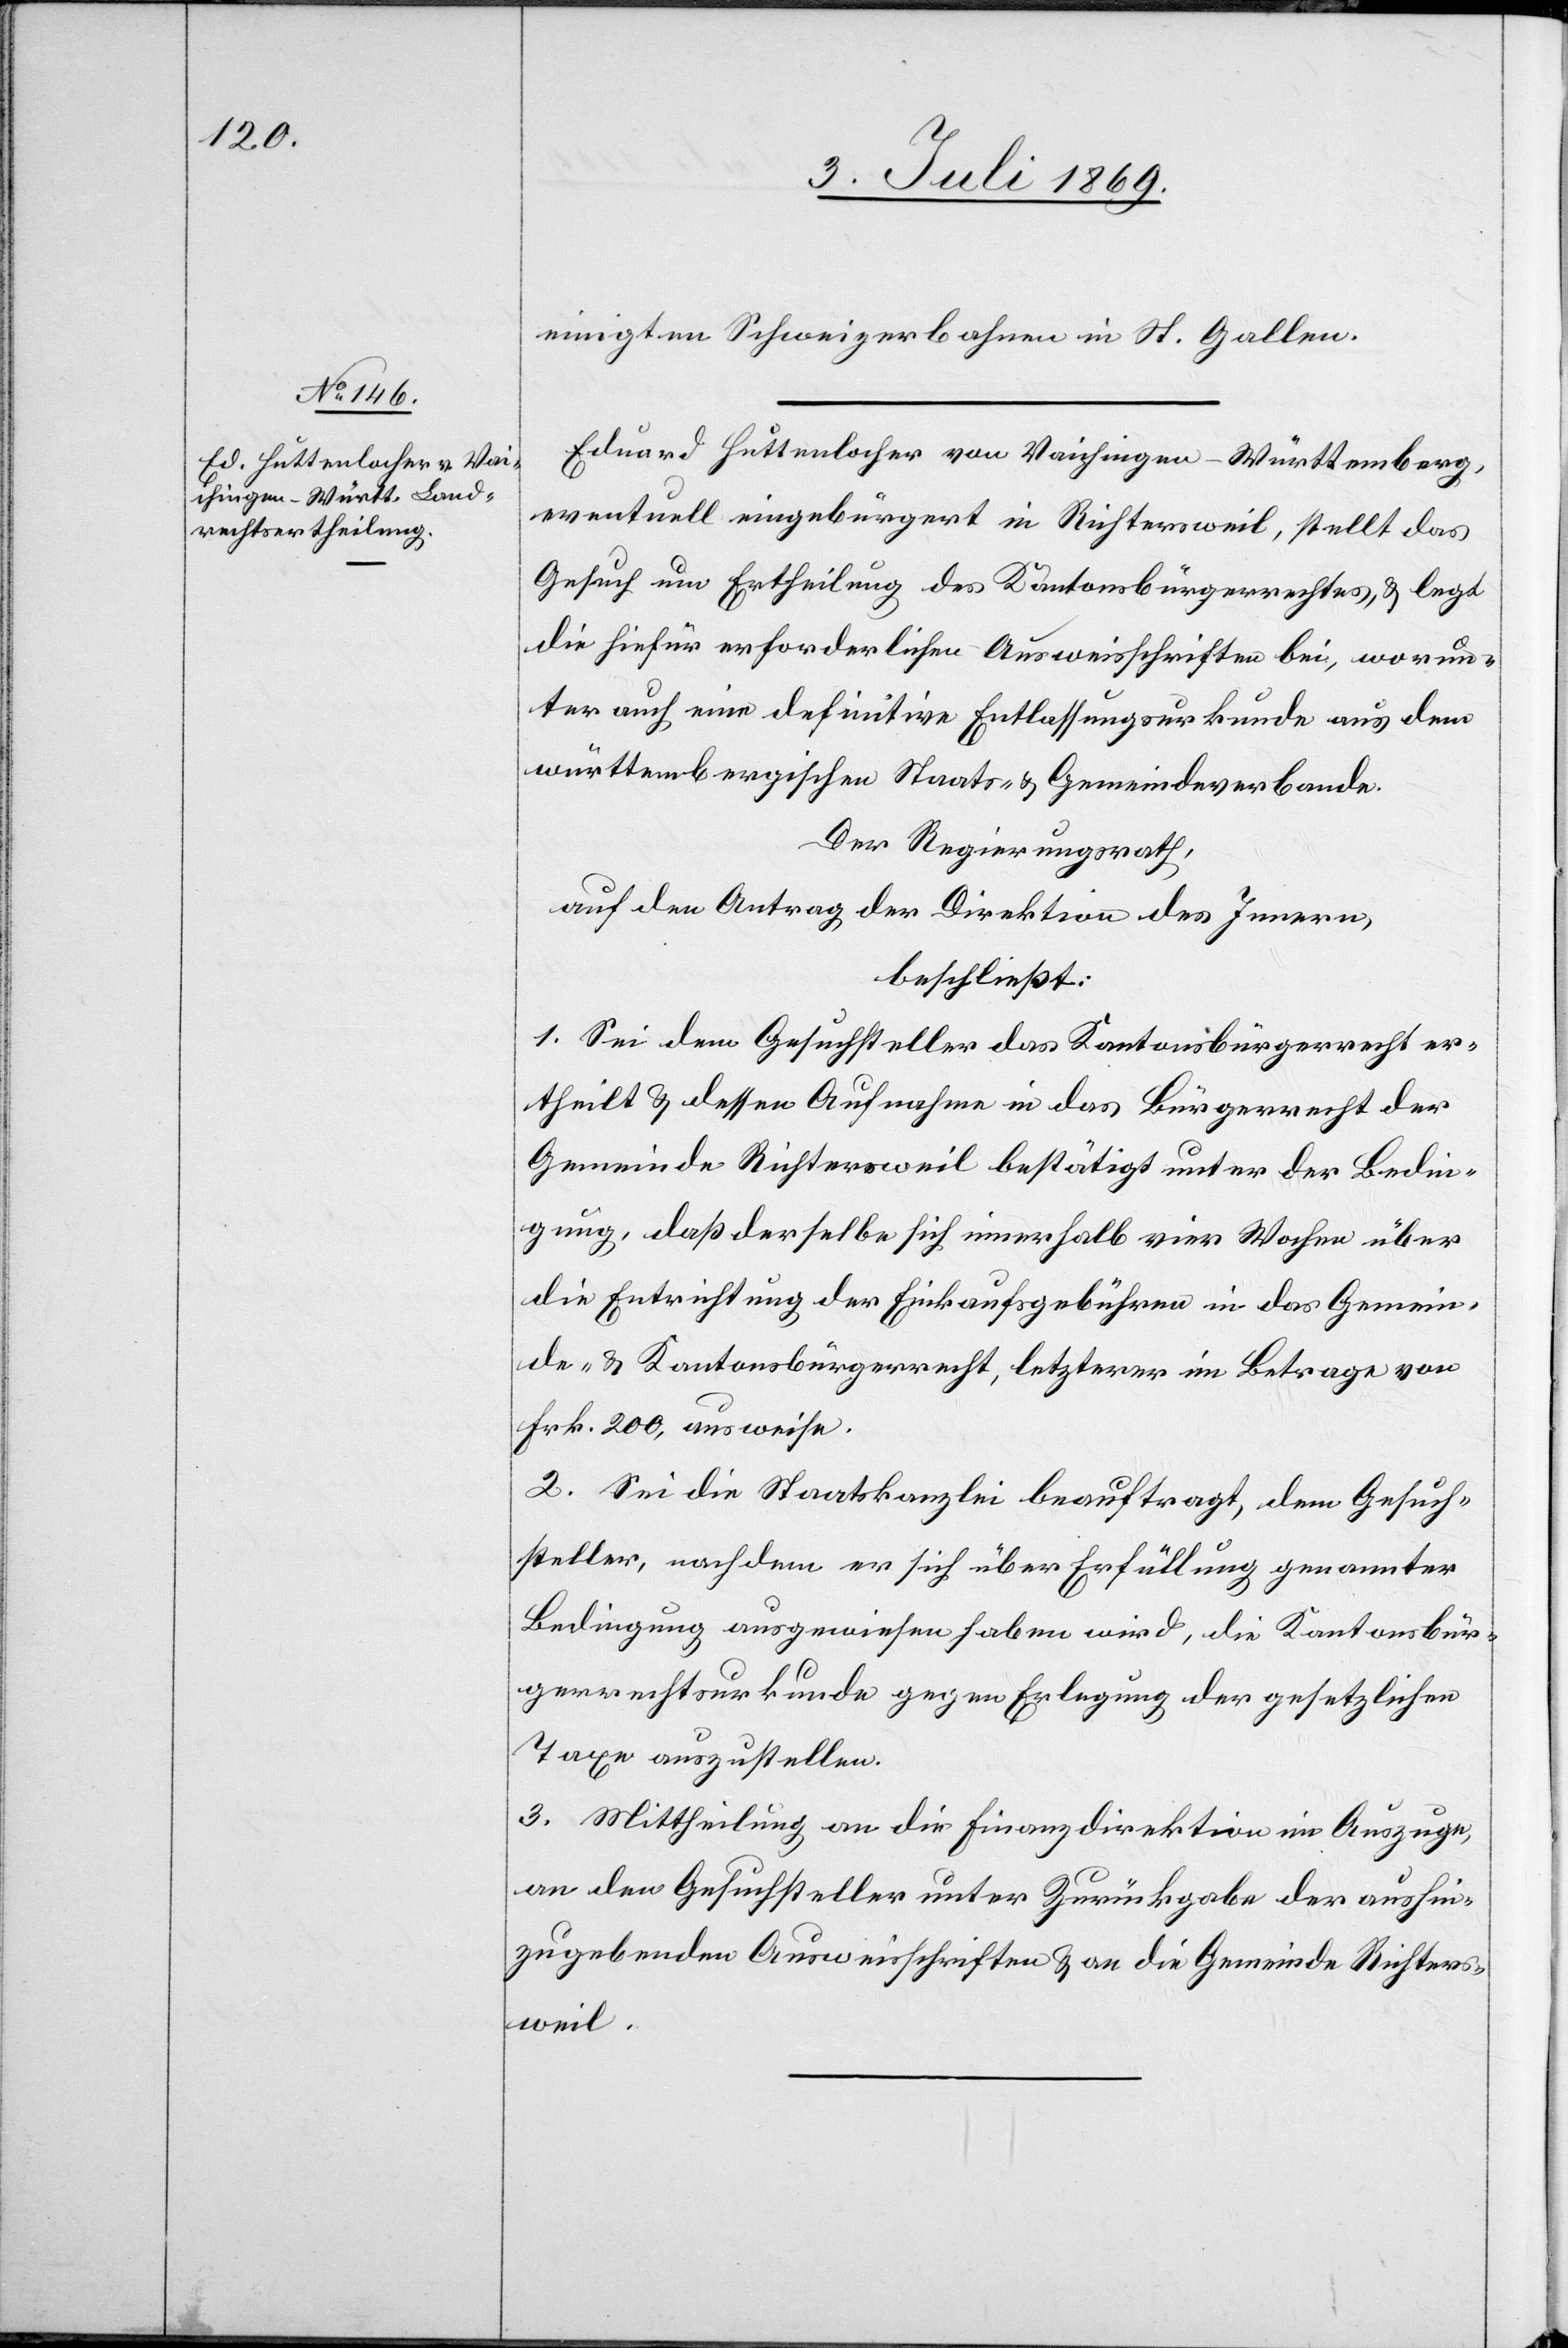
einigten Schweizerbahnen in St. Gallen.
Eduard Huttenlocher von Vaichingen-Württemberg,
eventuell eingebürgert in Richtersweil stellt das
Gesuch um Ertheilung des Kantonsbürgerrechtes, u. legt
die hiefür erforderlichen Ausweisschriften bei, worun¬
ter auch eine definitive Entlassungsurkunde aus dem
württembergischen Staats- u. Gemeindsverbande.
Der Regierungsrath,
beschließt:
1. Sei dem Gesuchsteller das Kantonsbürgerrecht er¬
theilt, u. dessen Aufnahme in das Bürgerrecht der
Gemeinde Richtersweil bestätigt unter der Bedin¬
gung, daß derselbe sich innerhalb vier Wochen über
die Entrichtung der Einkaufsgebühren in das Gemein¬
de- u. Kantonsbürgerrecht, letzterer im Betrage von
Frk. 200, ausweise.
2. Sei die Staatskanzlei beauftragt, dem Gesuch¬
steller, nachdem er sich über Erfüllung genannter
Bedingung ausgewiesen haben wird, die Kantonsbür¬
gerrechtsurkunde gegen Erlegung der gesetzlichen
Taxe auszustellen.
3. Mittheilung an die Finanzdirektion im Auszuge,
an den Gesuchsteller unter Zurückgabe der aushin¬
zugebenden Ausweisschriften u. an die Gemeinde Richters¬
weil.